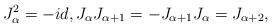
LaTeX: \begin{align*}J_{\alpha}^2=-id, J_{\alpha}J_{\alpha+1}=-J_{\alpha+1}J_{\alpha}=J_{\alpha+2},\end{align*}